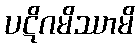
ပဋိဂမိဿာမိ